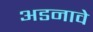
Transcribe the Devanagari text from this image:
अडनावे